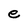
Character: e